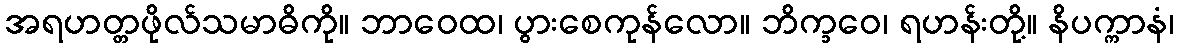
အရဟတ္တဖိုလ်သမာဓိကို။ ဘာဝေထ၊ ပွားစေကုန်လော။ ဘိက္ခဝေ၊ ရဟန်းတို့။ နိပက္ကာနံ၊